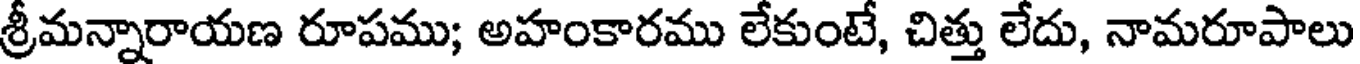
శ్రీమన్నారాయణ రూపము; అహంకారము లేకుంటే, చిత్తు లేదు, నామరూపాలు